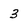
Character: 3